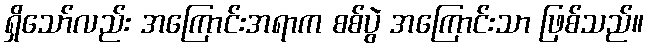
ရှိသော်လည်း အကြောင်းအရာက စစ်ပွဲ အကြောင်းသာ ဖြစ်သည်။